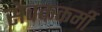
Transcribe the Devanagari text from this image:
सेवककर्मी